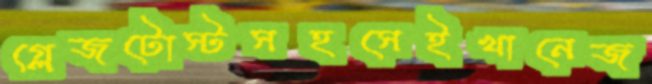
গ্লেজটোস্টসহসেইখানেজ